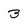
Character: 3